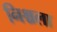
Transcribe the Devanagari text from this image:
निश्चला